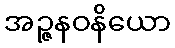
အဉ္ဇနဝနိယော